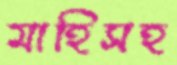
মাহিসহ